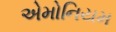
એમોનિયમ